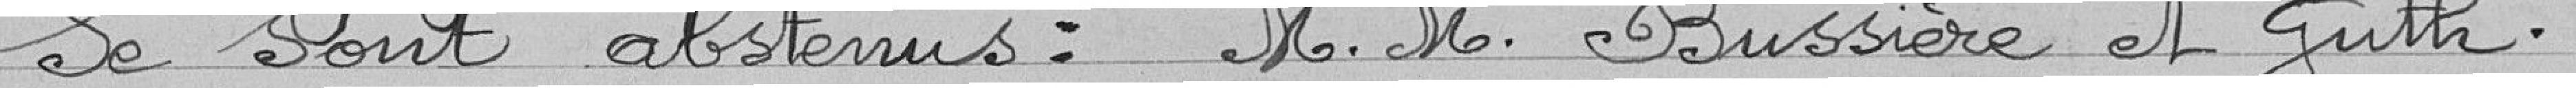
Se sont abstenus : .M.M. Bussière of Guth